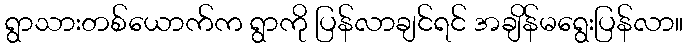
ရွာသားတစ်ယောက်က ရွာကို ပြန်လာချင်ရင် အချိန်မရွေးပြန်လာ။